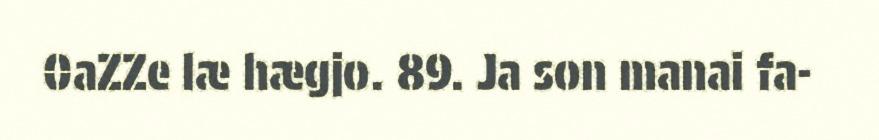
0aZZe læ hægjo. 89. Ja son manai fa-